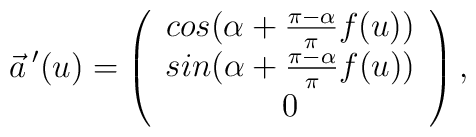
\vec{a}\,'(u) = \left( \begin{array}{c} cos(\alpha +\frac{\pi-\alpha}{\pi}f(u)) \\ sin(\alpha+\frac{\pi-\alpha}{\pi}f(u)) \\0 \end{array} \right),